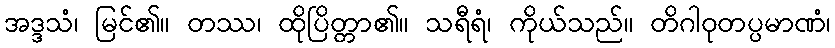
အဒ္ဒသံ၊ မြင်၏။ တဿ၊ ထိုပြိတ္တာ၏။ သရီရံ၊ ကိုယ်သည်။ တိဂါဝုတပ္ပမာဏံ၊